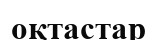
оқтастар